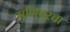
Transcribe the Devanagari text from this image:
मणिपूरचा